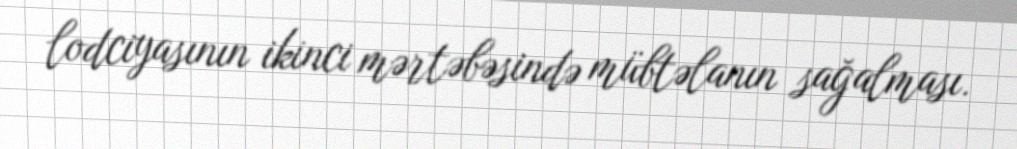
lodciyasının ikinci mərtəbəsində mübtəlanın sağalması.